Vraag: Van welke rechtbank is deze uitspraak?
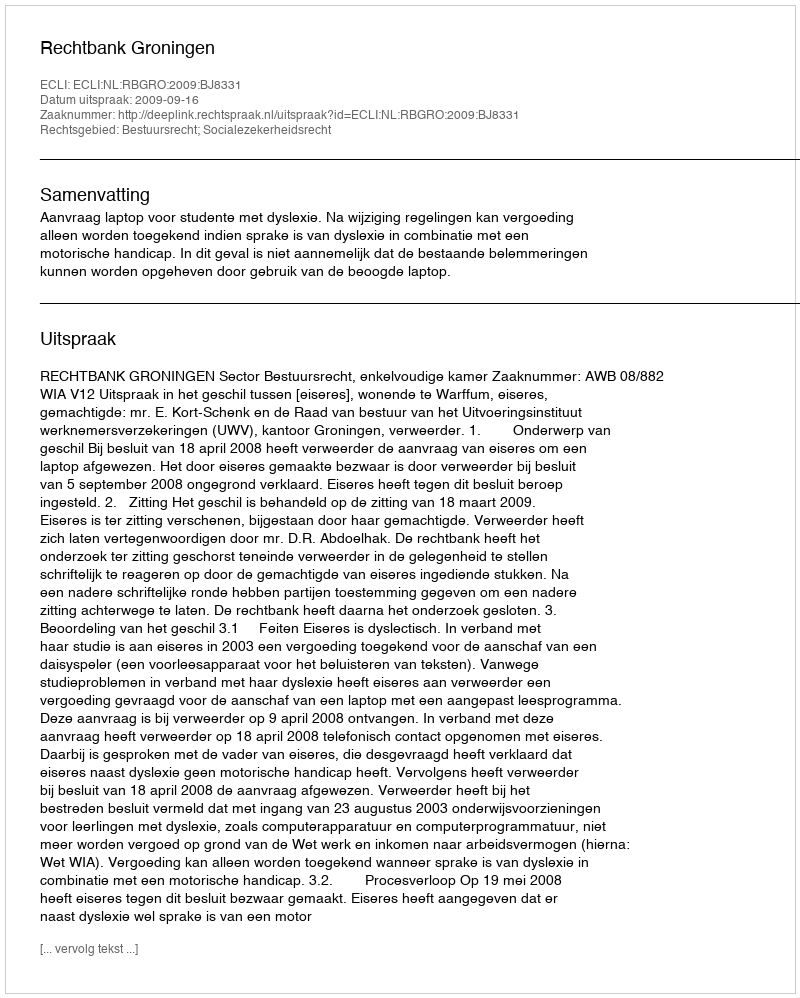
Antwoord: Rechtbank Groningen